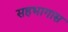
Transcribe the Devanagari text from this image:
सहभागास